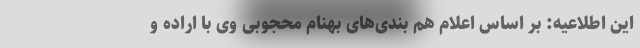
این اطلاعیه: بر اساس اعلام هم بندی‌های بهنام محجوبی وی با اراده و